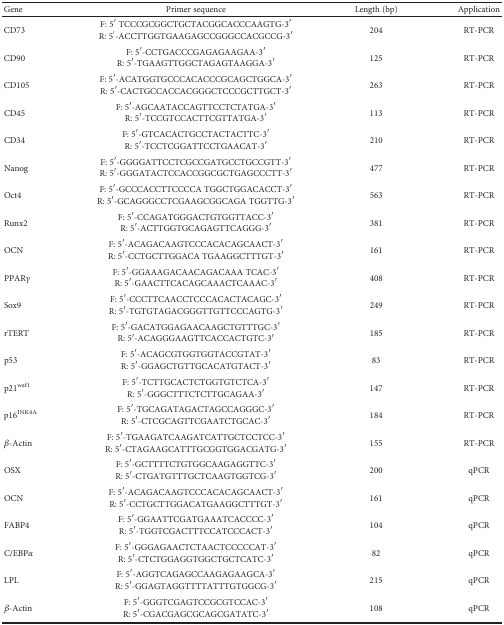
<table><thead><tr><td><b>Gene</b></td><td><b>Primer sequence</b></td><td><b>Length (bp)</b></td><td><b>Application</b></td></tr></thead><tbody><tr><td>CD73</td><td>F: 5′ TCCCGCGGCTGCTACGGCACCCAAGTG-3′R: 5<sup>&#x27;</sup>-ACCTTGGTGAAGAGCCGGGCCACGCCG-3′</td><td>204</td><td>RT-PCR</td></tr><tr><td>CD90</td><td>F: 5′-CCTGACCCGAGAGAAGAA-3′R: 5′-TGAAGTTGGCTAGAGTAAGGA-3′</td><td>125</td><td>RT-PCR</td></tr><tr><td>CD105</td><td>F: 5′-ACATGGTGCCCACACCCGCAGCTGGCA-3′R: 5′-CACTGCCACCACGGGCTCCCGCTTGCT-3′</td><td>263</td><td>RT-PCR</td></tr><tr><td>CD45</td><td>F: 5′-AGCAATACCAGTTCCTCTATGA-3′R: 5′-TCCGTCCACTTCGTTATGA-3′</td><td>113</td><td>RT-PCR</td></tr><tr><td>CD34</td><td>F: 5′-GTCACACTGCCTACTACTTC-3′R: 5′-TCCTCGGATTCCTGAACAT-3′</td><td>210</td><td>RT-PCR</td></tr><tr><td>Nanog</td><td>F: 5′-GGGGATTCCTCGCCGATGCCTGCCGTT-3′R: 5′-GGGATACTCCACCGGCGCTGAGCCCTT-3′</td><td>477</td><td>RT-PCR</td></tr><tr><td>Oct4</td><td>F: 5′-GCCCACCTTCCCCA TGGCTGGACACCT-3′R: 5′-GCAGGGCCTCGAAGCGGCAGA TGGTTG-3′</td><td>563</td><td>RT-PCR</td></tr><tr><td>Runx2</td><td>F: 5′-CCAGATGGGACTGTGGTTACC-3′R: 5′-ACTTGGTGCAGAGTTCAGGG-3′</td><td>381</td><td>RT-PCR</td></tr><tr><td>OCN</td><td>F: 5′-ACAGACAAGTCCCACACAGCAACT-3′R: 5′-CCTGCTTGGACA TGAAGGCTTTGT-3′</td><td>161</td><td>RT-PCR</td></tr><tr><td>PPAR<i>γ</i></td><td>F: 5′-GGAAAGACAACAGACAAA TCAC-3′R: 5′-GAACTTCACAGCAAACTCAAAC-3′</td><td>408</td><td>RT-PCR</td></tr><tr><td>Sox9</td><td>F: 5′-CCCTTCAACCTCCCACACTACAGC-3′R: 5′-TGTGTAGACGGGTTGTTCCCAGTG-3′</td><td>249</td><td>RT-PCR</td></tr><tr><td>rTERT</td><td>F: 5′-GACATGGAGAACAAGCTGTTTGC-3′R: 5′-ACAGGGAAGTTCACCACTGTC-3′</td><td>185</td><td>RT-PCR</td></tr><tr><td>p53</td><td>F: 5′-ACAGCGTGGTGGTACCGTAT-3′R: 5′-GGAGCTGTTGCACATGTACT-3′</td><td>83</td><td>RT-PCR</td></tr><tr><td>p21<sup>waf1</sup></td><td>F: 5′-TCTTGCACTCTGGTGTCTCA-3′R: 5′-GGGCTTTCTCTTGCAGAA-3′</td><td>147</td><td>RT-PCR</td></tr><tr><td>p16<sup>INK4A</sup></td><td>F: 5′-TGCAGATAGACTAGCCAGGGC-3′R: 5′-CTCGCAGTTCGAATCTGCAC-3′</td><td>184</td><td>RT-PCR</td></tr><tr><td><i>β</i>-Actin</td><td>F: 5′-TGAAGATCAAGATCATTGCTCCTCC-3′R: 5′-CTAGAAGCATTTGCGGTGGACGATG-3′</td><td>155</td><td>RT-PCR</td></tr><tr><td>OSX</td><td>F: 5′-GCTTTTCTGTGGCAAGAGGTTC-3′R: 5′-CTGATGTTTGCTCAAGTGGTCG-3′</td><td>200</td><td>qPCR</td></tr><tr><td>OCN</td><td>F: 5′-ACAGACAAGTCCCACACAGCAACT-3′R: 5′-CCTGCTTGGACATGAAGGCTTTGT-3′</td><td>161</td><td>qPCR</td></tr><tr><td>FABP4</td><td>F: 5′-GGAATTCGATGAAATCACCCC-3′R: 5′-TGGTCGACTTTCCATCCCACT-3′</td><td>104</td><td>qPCR</td></tr><tr><td>C/EBP<i>α</i></td><td>F: 5′-GGGAGAACTCTAACTCCCCCAT-3′R: 5′-CTCTGGAGGTGGCTGCTCATC-3′</td><td>82</td><td>qPCR</td></tr><tr><td>LPL</td><td>F: 5′-AGGTCAGAGCCAAGAGAAGCA-3′R: 5′-GGAGTAGGTTTTATTTGTGGCG-3′</td><td>215</td><td>qPCR</td></tr><tr><td><i>β</i>-Actin</td><td>F: 5′-GGGTCGAGTCCGCGTCCAC-3′R: 5′-CGACGAGCGCAGCGATATC-3′</td><td>108</td><td>qPCR</td></tr></tbody></table>